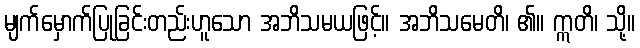
မျက်မှောက်ပြုခြင်းတည်းဟူသော အဘိသမယဖြင့်။ အဘိသမေတိ၊ ၏။ ဣတိ၊ သို့။